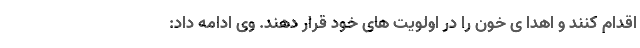
اقدام کنند و اهدا ی خون را در اولویت های خود قرار دهند. وی ادامه داد: